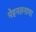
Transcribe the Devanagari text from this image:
मेहनतनामा